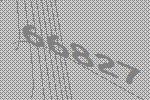
66827